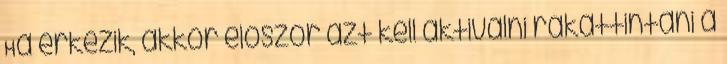
Ha érkezik, akkor elöször azt kell aktiválni rákattintani a